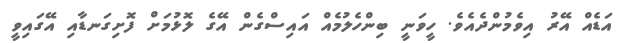
އަޑެއް އޭރު އިވެމުންދެއެވެ. ހީވަނީ ބިންހެލުމެއް އައިސްގެން އޭގެ ލޮޅުމަށް ފޮށިގަނޑާއި އޭގައިވީ